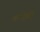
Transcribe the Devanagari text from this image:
गंगोर्मि